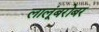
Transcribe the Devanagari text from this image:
लालूंबरोबर